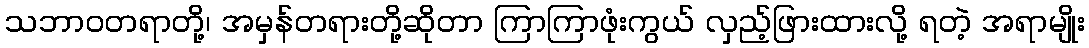
သဘာဝတရာတို့၊ အမှန်တရားတို့ဆိုတာ ကြာကြာဖုံးကွယ် လှည့်ဖြားထားလို့ ရတဲ့ အရာမျိုး